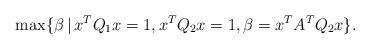
LaTeX: \begin{align*}\max \{\beta\,|\, x^TQ_1x=1, x^TQ_2x=1, \beta= x^TA^TQ_2x\}.\end{align*}